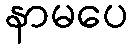
နာမပေ